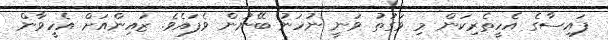
ފައިސާގެ އެހީތެރިކަން މި ވަގުތު ވަނީ ނުހަނު ބޭނުން ވެފައެވެ. ޒައިންއަށް އެހީވާން